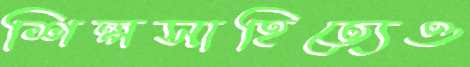
শিল্পসাহিত্যেও